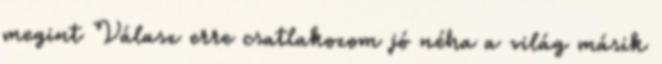
megint Válasz erre csatlakozom jó néha a világ másik